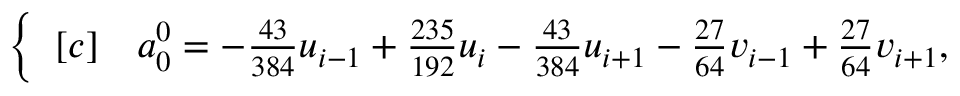
\begin{array} { r } { \left\{ \begin{array} { r l } { [ c ] } & { { } a _ { 0 } ^ { 0 } = - \frac { 4 3 } { 3 8 4 } u _ { i - 1 } + \frac { 2 3 5 } { 1 9 2 } u _ { i } - \frac { 4 3 } { 3 8 4 } u _ { i + 1 } - \frac { 2 7 } { 6 4 } v _ { i - 1 } + \frac { 2 7 } { 6 4 } v _ { i + 1 } , } \end{array} \right. } \end{array}